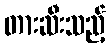
တားဆီးသည့်